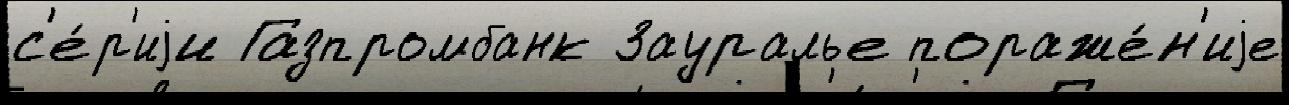
с'е́р'иjи Газпромбанк Зауралье пораже́н'иjе